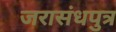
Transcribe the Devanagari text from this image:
जरासंधपुत्र